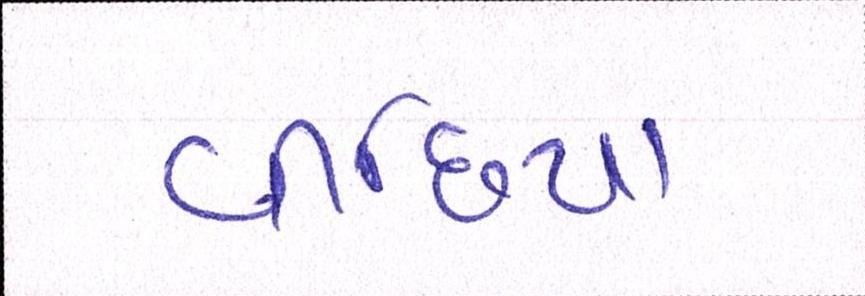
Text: વીંછિયા